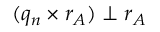
( q _ { n } \times r _ { A } ) \perp r _ { A }